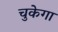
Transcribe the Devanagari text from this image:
चुकेगा